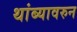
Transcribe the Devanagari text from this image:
थांब्यावरुन